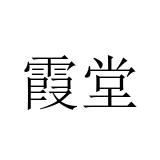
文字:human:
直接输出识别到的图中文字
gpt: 霞堂